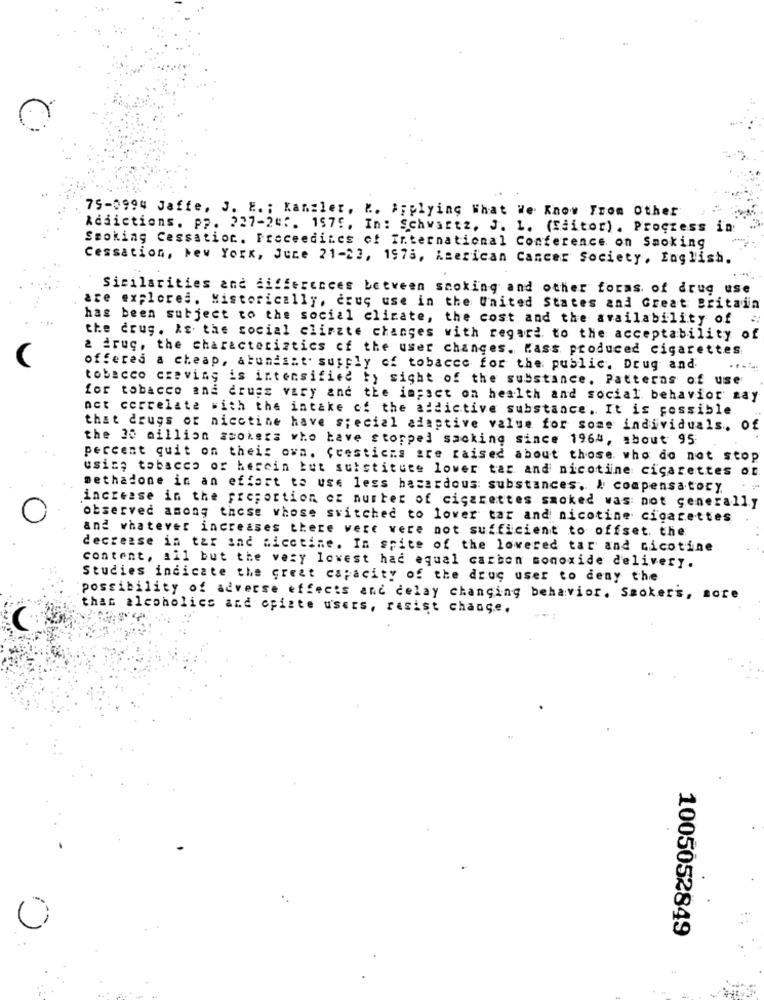
75-0994 Jaffe, J. E. ; Kanzler. K. Applying What We Know From Other
Addictions. pp. 227-245. 157f. In: Schwartz, J. 1. (Editor). Proczess in:
Smoking Cessation. Freceediies of International Conference on Smoking
Cessation, New York, June 21-23, 1978, American Cancer Society, English.
Sicilarities and differences between smoking and other forms of drug use
are explores. Historically, crus use in the United States and Great Britain
has been subject to the social clinate, the cost and the availability of
the drug. As the social climate changes with regard to the acceptability of
2 fruc, the characteristics of the user changes. Kass produced cigarettes
offered a cheap, abundant supply of tobacce for the public. Drug and
tobacco czeving is intensified ty sight of the substance. Patterns of use
for tobacco and drugs vary and the impact on health and social behavior zay
act correlate with the intake of the addictive substance. It is possible
that drugs or nicotine have special adaptive value for some individuals. of
the 30 million smokers who have stopped sacking since 1964, about 95
percent quit on their own. (cesticms are raised about those who do not stop
using tobacco of hercin but substitute lover tar and nicotine cigarettes on
methadone in an effort to use less hazardous substances. & compensatory
increase in the proportion cz number of cigarettes smoked was not generally
observed among those whose switched to lover tar and nicotine cigarettes
and whatever increases there vere vere not sufficient to offset. the
decrease in tar sac bicctine. In spite of the lovered tar and nicotine
content, ill but the very lowest had equal carbon monoxide delivery.
Studies indicate the great capacity of the drug user to deny the
possibility of adverse effects and delay changing behavior. Smokers, sore
that alcoholics and episte users, resist change.
0
1005052849